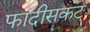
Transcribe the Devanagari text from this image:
फांदीसकट